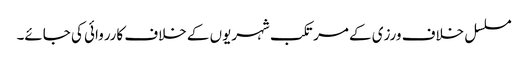
مسلسل خلاف ورزی کے مرتکب شہریوں کے خلاف کارروائی کی جائے۔